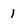
Character: 1